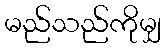
မည်သည်ကိုမျှ